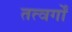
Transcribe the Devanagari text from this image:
तत्वर्गों